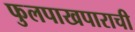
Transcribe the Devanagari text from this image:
फुलपाखपाराची